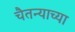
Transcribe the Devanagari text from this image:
चैतन्याच्या